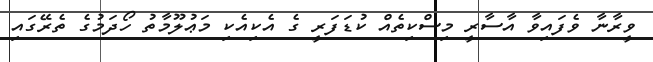
ވީރާނާ ވެފައިވާ އާސާރީ މިސްކިތެއް ކުޑަފަރީ ގެ އެކިއެކި މަޢުލޫމާތު ހޯދަމުގެ ތެރޭގައި